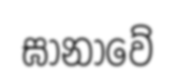
ඝානාවේ